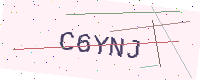
Text: C6YNJ